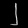
Digit: ၂